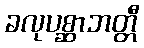
ခလုပစ္ဆာဘတ္တီ